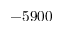
- 5 9 0 0